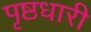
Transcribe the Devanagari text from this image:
पृष्ठधारी